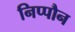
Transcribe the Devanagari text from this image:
निप्पौन